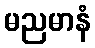
မညမာနံ